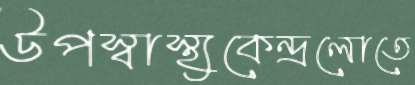
উপস্বাস্থ্যকেন্দ্রলোতে